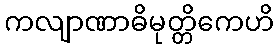
ကလျာဏာဓိမုတ္တိကေဟိ